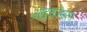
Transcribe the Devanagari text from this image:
आइकोम्सन